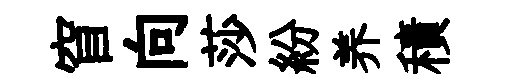
窅向莎紛养積